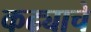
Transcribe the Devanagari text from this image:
कढ्याचे